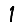
Digit: 1